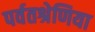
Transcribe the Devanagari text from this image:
पर्वतश्रेणिया